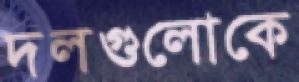
দলগুলোকে